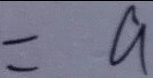
= a